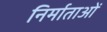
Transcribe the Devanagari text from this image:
निर्माताआें